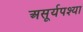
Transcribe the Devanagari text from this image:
असूर्यपश्या